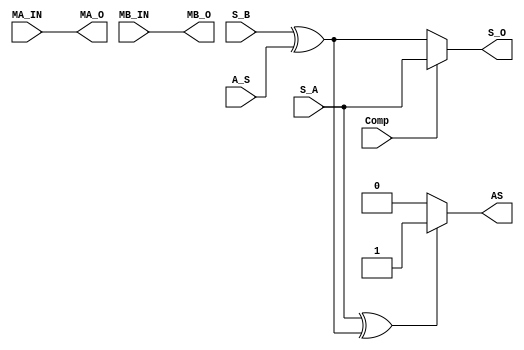
module sign_out
(
    input               S_A, S_B,               // sign A & sign B
    input   [27:0]      MA_IN,                  // Greatest Mantissa 
    input   [27:0]      MB_IN,
    input               Comp,                   // Determine the largest Number
    input               A_S,                    // 0 --> Add , 1 --> Sub 
    output              S_O,                    // sign ouput
    output  [27:0]      MA_O,
    output  [27:0]      MB_O,
    output              AS
);

wire            SB_wire;

assign  SB_wire = S_B ^ A_S;   

assign  S_O = (Comp == 1'b1) ? S_A : SB_wire;       // A > B --> Sign A


// assign  MA_O    = (Comp == 1'b1) ? MA_IN : MB_IN;

// assign  MB_O    = (Comp == 1'b1) ? MB_IN : MA_IN;

assign  MA_O    =  MA_IN ;

assign  MB_O    =  MB_IN ;

assign  AS  = (S_A ^ SB_wire) ? 1 : 0;             // S_A != SB_wire

endmodule //sign_out